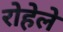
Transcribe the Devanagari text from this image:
रोहेले